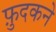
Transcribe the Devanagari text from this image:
फ़ुदकने